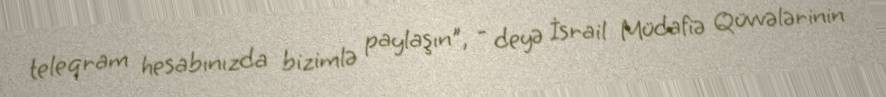
teleqram hesabınızda bizimlə paylaşın", - deyə İsrail Müdafiə Qüvvələrinin